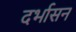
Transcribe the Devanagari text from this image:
दर्भासन